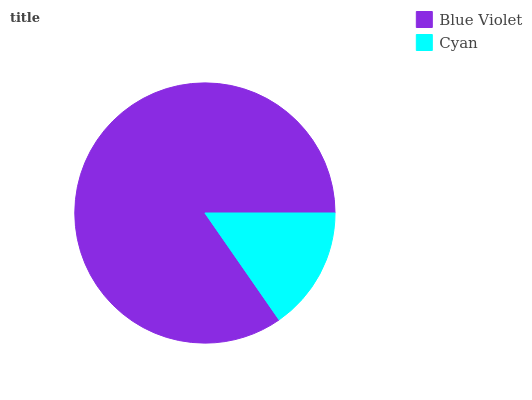
| Blue Violet | Cyan |
 | --- | --- |
 | 84.7% | 15.3% |